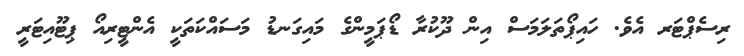
ރިސެޕްޓަރ އެވެ. ހައިޕޯތަލަމަސް އިން ދޫކުރާ ޑޯޕަމީންގެ މައިގަނޑު މަސައްކަތަކީ އެންޓީރިއޯ ޕިޓޫއިޓަރީ